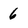
Character: 6